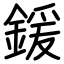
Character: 鍰